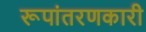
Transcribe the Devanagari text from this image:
रूपांतरणकारी